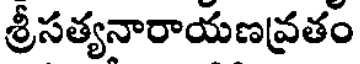
శ్రీసత్యనారాయణవ్రతం